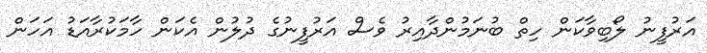
އަރުފީނު ލޯބިވާކަން ހިތް ބުނަމުންދާއިރު ވެސް އަރުފީނުގެ ދުލުން އެކަން ހާމަކުރާއަޑު އަހަން